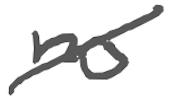
Text: no
Cross-out: diagonal
Writing tool: digital_gray